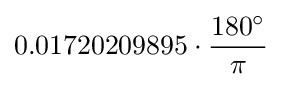
0.01720209895\cdot {\frac {180^{\circ }}{\pi }}